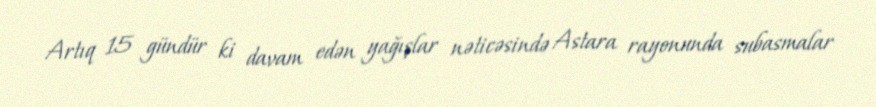
Artıq 15 gündür ki davam edən yağışlar nəticəsində Astara rayonunda subasmalar